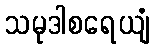
သမုဒါစရေယျံ